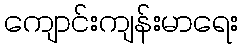
ကျောင်းကျန်းမာရေး